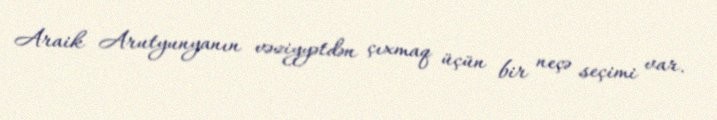
Araik Arutyunyanın vəziyyətdən çıxmaq üçün bir neçə seçimi var.